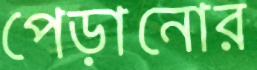
পেড়ানোর